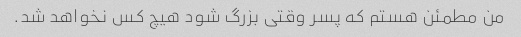
من مطمئن هستم که پسر وقتی بزرگ شود هیچ کس نخواهد شد.